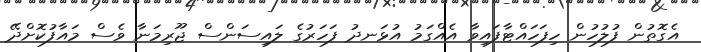
އެގޮތުން ފުލުހުން ހިފަހައްޓާފައިވާ އެއްގަމު އުޅަނދު ފަހަރުގެ ލައިސަންސް ޖޫރިމަނާ ވެސް މައާފުކޮށްދޭ